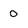
Character: 0